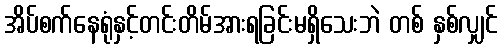
အိပ်စက်နေရုံနှင့်တင်းတိမ်အားရခြင်းမရှိသေးဘဲ တစ် နှစ်လျှင်